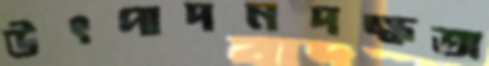
উৎপাদনদক্ষতা